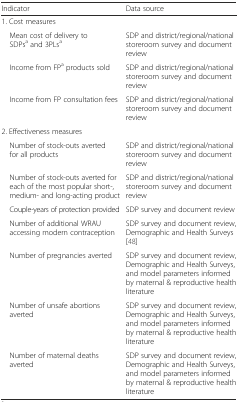
| Indicator | Data source |
 | --- | --- |
 | 1. Cost measures |  |
 | Mean cost of delivery to SDPsa and 3PLsa | SDP and district/regional/national storeroom survey and document review |
 | Income from FPa products sold | SDP and district/regional/national storeroom survey and document review |
 | Income from FP consultation fees | SDP and district/regional/national storeroom survey and document review |
 | 2. Effectiveness measures |  |
 | Number of stock-outs averted for all products | SDP and district/regional/national storeroom survey and document review |
 | Number of stock-outs averted for each of the most popular short-, medium- and long-acting product | SDP and district/regional/national storeroom survey and document review |
 | Couple-years of protection provided | SDP survey and document review |
 | Number of additional WRAU accessing modern contraception | SDP survey and document review, Demographic and Health Surveys [48] |
 | Number of pregnancies averted | SDP survey and document review, Demographic and Health Surveys, and model parameters informed by maternal & reproductive health literature |
 | Number of unsafe abortions averted | SDP survey and document review, Demographic and Health Surveys, and model parameters informed by maternal & reproductive health literature |
 | Number of maternal deaths averted | SDP survey and document review, Demographic and Health Surveys, and model parameters informed by maternal & reproductive health literature |